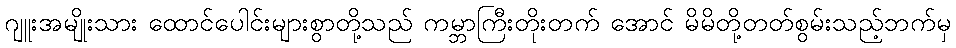
ဂျူးအမျိုးသား ထောင်ပေါင်းများစွာတို့သည် ကမ္ဘာကြီးတိုးတက် အောင် မိမိတို့တတ်စွမ်းသည့်ဘက်မှ